Annual report on the health of the army in India
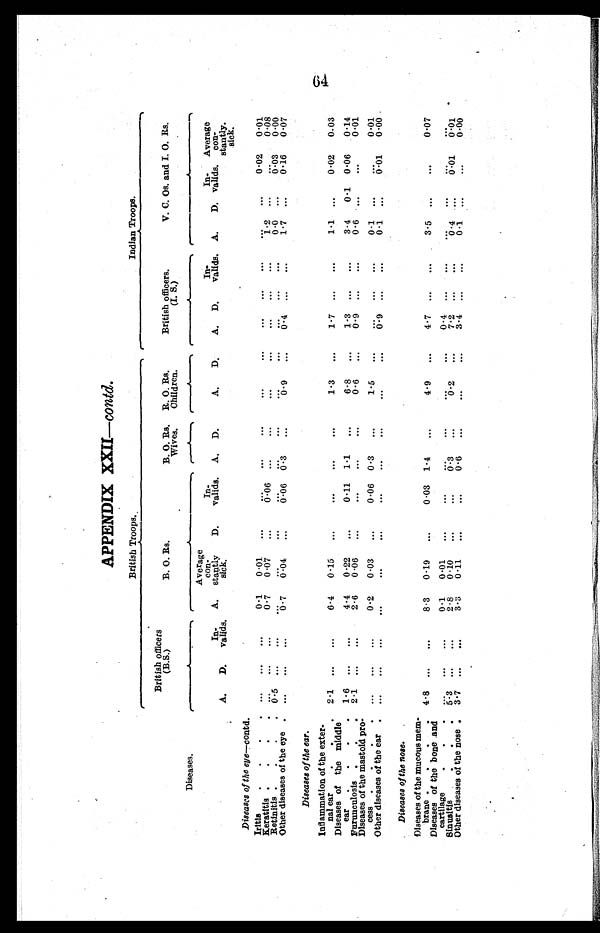
APPENDIX XXII— contd.
Diseases.
British Troops.
Indian Troops.
British officers
(B.S.)
B. O. Rs.
B. O. Rs.
Wives.
R. O. Rs.
Children.
British officers.
(I. S.)
V. C. Os. and I. O. Rs.
A. D.
In
-valids.
A.
Average
con
-stantly
sick.
D.
In
-valids.
A. D.
A.
D.
A. D.
In
-valids.
A.
D.
In
-valids.
Average
con
-stantly
. sick.
Diseases of the eye— contd.
Iritis . . .
. . .
. . .
. . . 0 . 1 0.01
. . .
. . .
. . . ...
...
...
... ...
...
. . . ...
0.02 0.01
Keratitis .
.
.
.
. . .
. . .
. . .
0.7 0.07 ...
0.06 .
..
. . .
. . .
. . . ...
...
...
1 2 ...
. . . 0.08
Retinitis
. . . . 0.5 . . .
. . . . . .
. . .
. . .
. . .
. . . ...
. . . ...
. . . . . .
. . .
0.0 ...
0 . 0 3 0.00
Other diseases of the eye .
. . .
. . .
. . .
0.7
0 . 0 4 ...
0 . 0 6 0.3 ...
0 . 9 ...
0.4
. . .
...
1 . 7 ...
0 . 1 6
0 . 0 7
Diseases of the ear.
Inflammation of the exter
-nal ear
.
.
. 2 . 1 ...
. . .
6.4 0.15 ...
...
...
. . .
1.3
. . .
1.7 . . .
. . .
1.1
. . .
0.02 0.03
Diseases of the middle
ear .
.
.
. 1.6
. . .
. . .
4.4 0.22 ...
0.11 1.1
. . .
6.8
. . .
1 . 3
. . .
. . .
3.4
0 . 1
0 . 0 6
0.14
Furunculosis
. . . 2 1 ... ...
2.6 0.06 ...
...
...
...
0.6
. . .
0 . 9
. . .
. . .
0 . 6 . . .
. . . 0.01
Diseases of the mastoid pro
-cess
. . . . ...
...
...
0.2 0.03
. . .
0.06 0 . 3 ...
1.5
. . .
. . . . . .
. . .
0.1 ...
. . . 0.01
Other diseases of the ear . ...
. . . ...
...
...
. . .
...
...
. . .
...
...
0 . 9
. . .
. . .
0 . 1 ...
0 . 0 1 0.00
Diseases of the nose.
Diseases of the mucous mem
-brane .
.
. . 4 . 8 ...
. . .
8.3 0.19 ...
0.03 1.4
. . .
4.9
. . .
4.7 ... ...
3.5 ...
. . . 0.07
Diseases of the bone and
cartilage
. . . ...
. . .
0.1 0.01
. . .
. . .
. . .
. . .
. . .
. . . 0.4 ...
. . .
. . . . . .
. . .
. . .
Sinusitis
5 . 3
. . . ...
2.8 0 . 10
. . .
...
0.3 ...
0 . 2 ...
7.2
. . .
. . .
0 . 4 ...
0.01 0.01
Other diseases of the nose . 3.7 ...
...
3.3
0 . 1 1 ...
...
0.6 ...
...
...
3 . 4
. . .
. . .
0 . 1
. . .
. . . 0.00
64